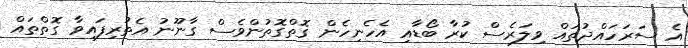
އެ ސަރަހައްދުތައް ވިލަރެސް ކުރާ ބޯޑާއި އެހެނިހެން ގޮތްގޮތުންވެސް ގާނޫނު އެތުރިފައިވާ ގޮތްތައް